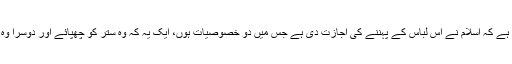
بات صرف اتنی سی ہے کہ اسلام نے اس لباس کے پہننے کی اجازت دی ہے جس میں دو خصوصیات ہوں، ایک یہ کہ وہ ستر کو چھپائے اور دوسرا وہ باعث زینت بھی ہو۔